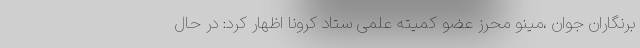
برنگاران جوان ،مینو محرز عضو کمیته علمی ستاد کرونا اظهار کرد: در حال